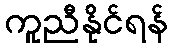
ကူညီနိုင်ရန်